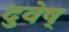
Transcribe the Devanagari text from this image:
दुवेष्